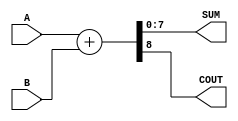
module ParametrizedAdder #(
    parameter WIDTH = 8  // Default bit-width is 8 bits
)(
    input  [WIDTH-1:0] A,   // Input A
    input  [WIDTH-1:0] B,   // Input B
    output [WIDTH-1:0] SUM,  // Output SUM
    output COUT              // Carry-out
);

    // Perform addition
    assign {COUT, SUM} = A + B;

endmodule